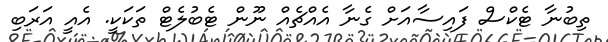
ތިބުނާ ޓެކްސް ފައިސާއަށް ގެނާ އެއްޗެއް ނޫން ޓެބުލެޓް ތަކަކީ. އެއީ އަރަބި